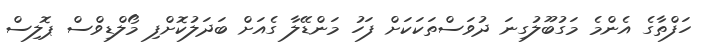
ހަފްތާގެ އެންމެ މަގުބޫލުގިނަ ދުވަސްތަކަކަށް ފަހު މަންޑޭލާ ގެއަށް ބަދަލުކޮށްފި މޯލްޑިވްސް ޕޮލިސް